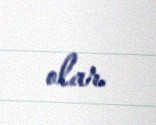
olar.